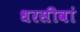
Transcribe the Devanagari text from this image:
धरसीवां